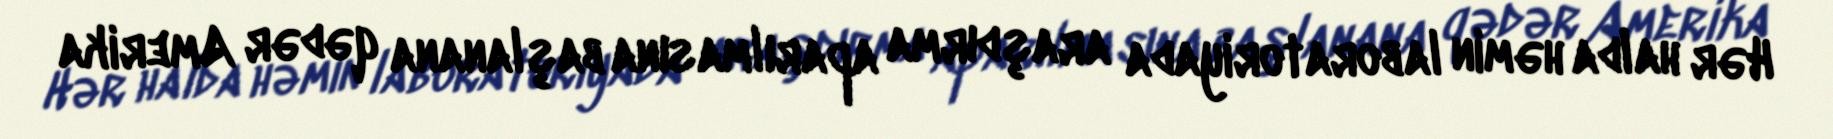
Hər halda həmin laboratoriyada araşdırma aparılmasına başlanana qədər Amerika